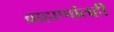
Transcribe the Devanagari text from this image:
ब्राह्मणांतही